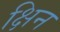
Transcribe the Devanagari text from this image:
क्षिन